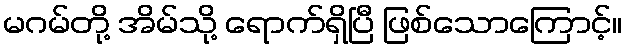
မဂမ်တို့ အိမ်သို့ ရောက်ရှိပြီ ဖြစ်သောကြောင့်။